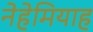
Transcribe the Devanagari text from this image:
नेहेमियाह